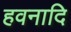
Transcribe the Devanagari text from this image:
हवनादि